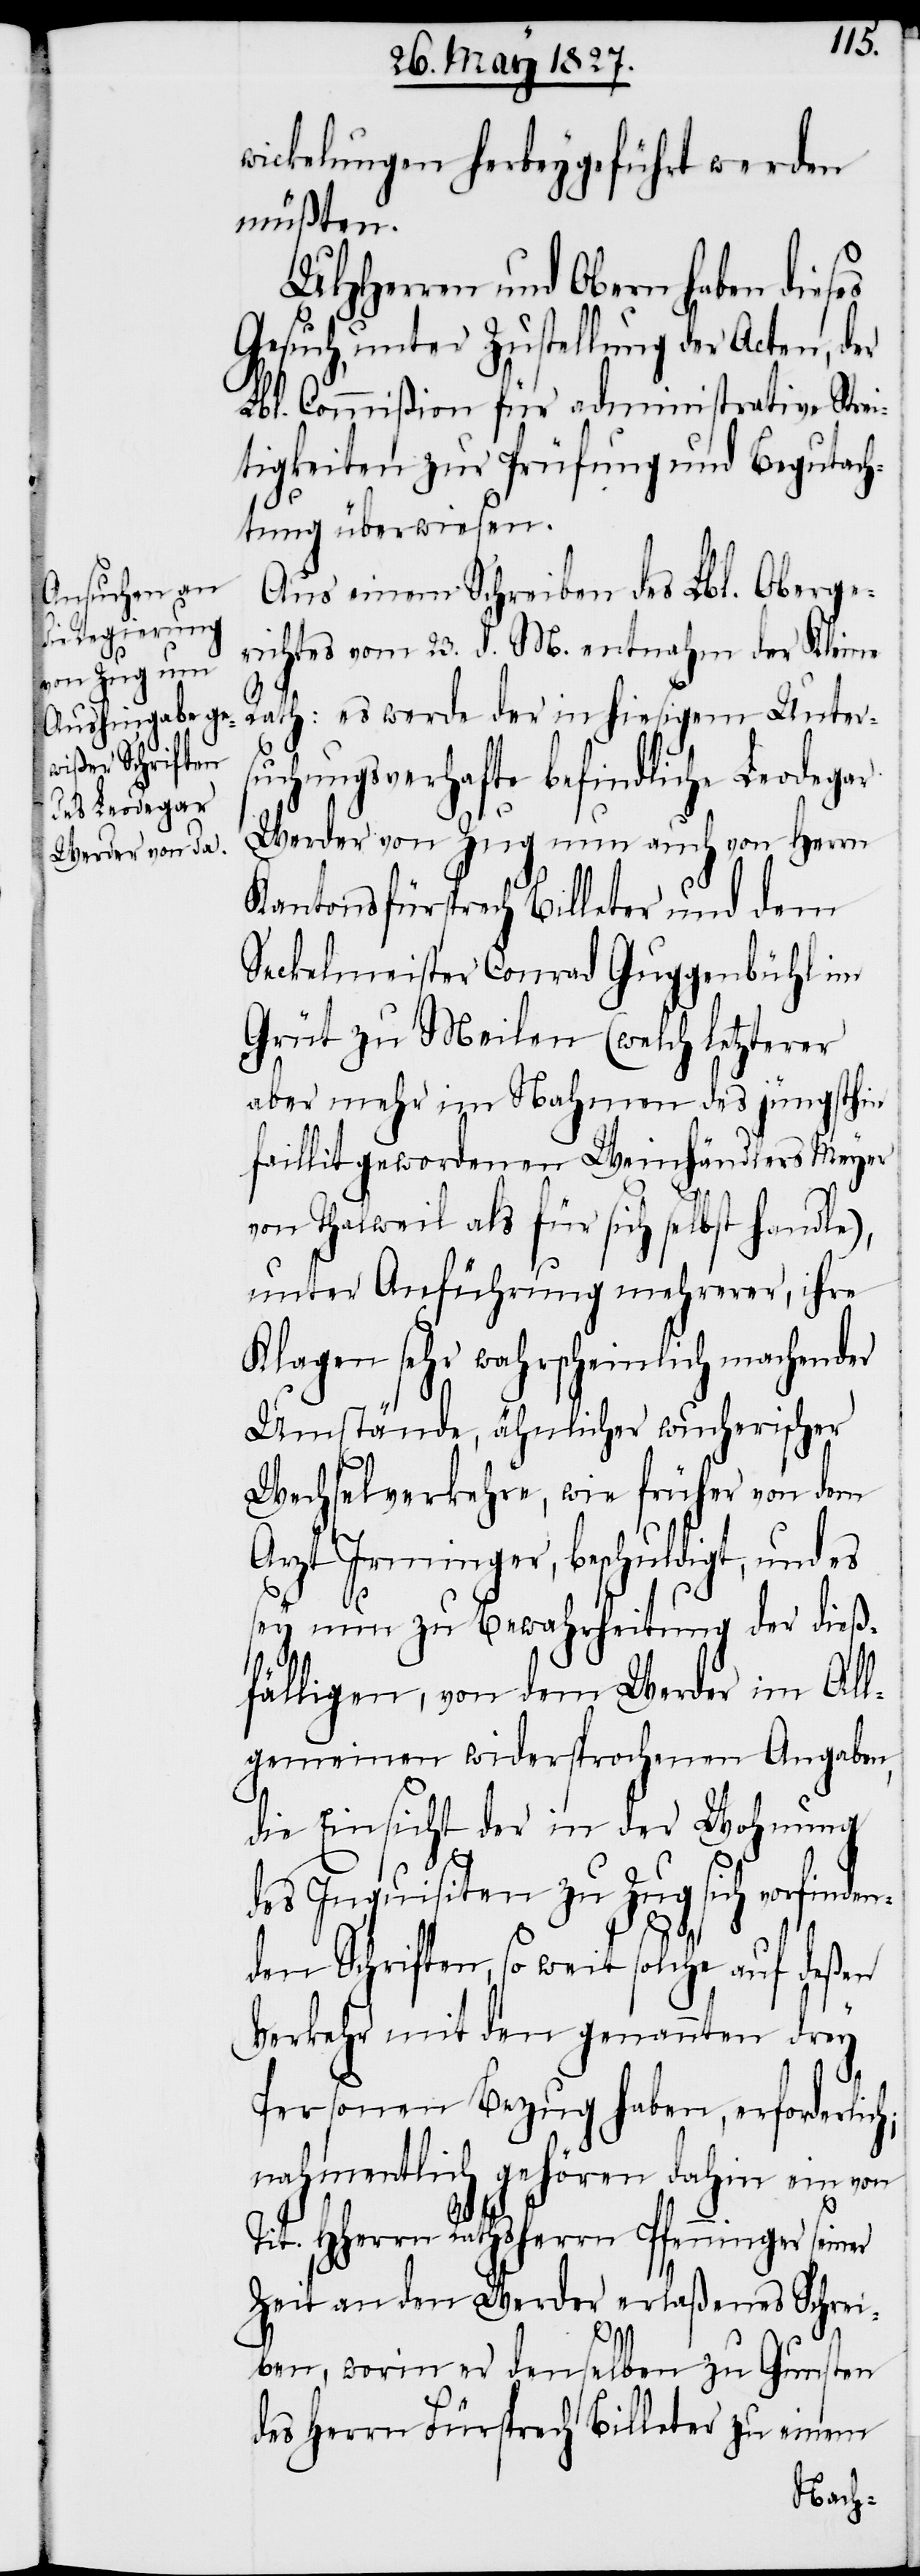
wickelungen herbeygeführt werden
müßten.
UHHerren und Obern haben dieses
Gesuch, unter Zustellung der Acten, der
Lbl. Commißion für administrative Strei¬
tigkeiten zur Prüfung und Begutach¬
tung überwiesen.
Aus einem Schreiben des Lbl. Oberge¬
richtes vom 23. d. M. entnahm der Kleine
Rath: es werde der in hiesigem Unter¬
suchungsverhafte befindliche Leodegar
Werder von Zug nun auch von Herrn
Kantonsfürsprech Billeter und dem
Seckelmeister Conrad Guggenbühl im
Grüt zu Meilen (welch letzterer
aber mehr im Nahmen des jüngsthin
faillirt gewordenen Weinhändlers Meyer
von Thalweil als für sich selbst handle),
unter Anführung mehrerer, ihre
Klagen sehr wahrscheinlich machender
Umstände, ähnlicher wucherischer
Wechselverkehre, wie früher von dem
Arzt Irminger, beschuldigt, und es
h;
sey nun zu Bewahrheitung der dieß¬
fälligen, von dem Werder im All¬
gemeinen widersprochenen Angaben,
die Einsicht der in der Wohnung
des Inquisiten zu Zug sich vorfinden¬
den Schriften, so weit solche auf deßen
Verkehr mit den genannten drey
Personen Bezug haben, erforderlic¬
nahmentlich gehören dahin ein von
Tit. HHerrn Rathsherrn Pfenninger seiner
Zeit an den Werder erlaßenes Schrei¬
ben, worin er denselben zu Gunsten
des Herrn Fürsprech Billeter zu einem